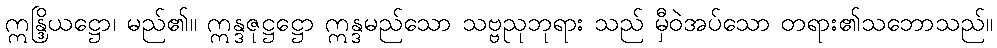
ဣန္ဒြိယဋ္ဌော၊ မည်၏။ ဣန္ဒဇုဋ္ဌဋ္ဌော ဣန္ဒမည်သော သဗ္ဗညုဘုရား သည် မှီဝဲအပ်သော တရား၏သဘောသည်။